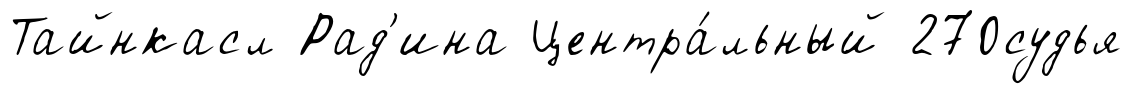
Тайнкасл Рад'ина Центра́льный 270судья